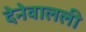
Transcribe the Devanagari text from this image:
देनेवालली